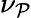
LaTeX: \nu_{\mathcal{P}}